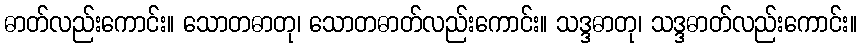
ဓာတ်လည်းကောင်း။ သောတဓာတု၊ သောတဓာတ်လည်းကောင်း။ သဒ္ဒဓာတု၊ သဒ္ဒဓာတ်လည်းကောင်း။